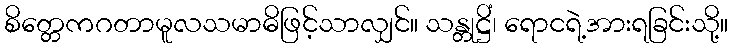
စိတ္တေကဂတာမူလသမာဓိဖြင့်သာလျှင်။ သန္တုဋ္ဌိံ၊ ရောငရဲ့အားရခြင်းသို့။